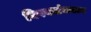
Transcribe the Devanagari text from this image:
विषयसंकलन